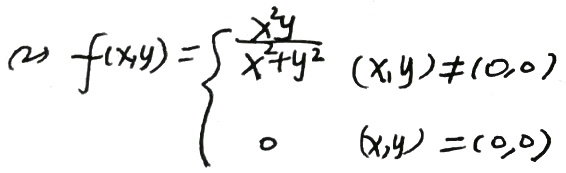
(2) \(f(x,y)=\begin{cases}\frac{x^{2}y}{x^{2}+y^{2}}&(x,y)\neq(0,0)\\0&(x,y)=(0,0)\end{cases}\)